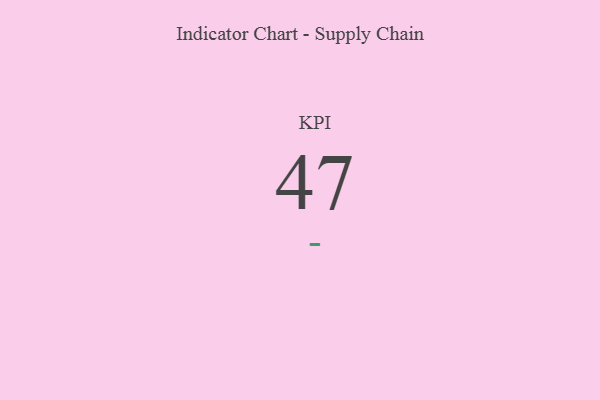
{"axis": {"x": "KPI", "y": "Value"}, "legend": [""], "data": [{"x": "KPI", "y": 47, "type": ""}]}